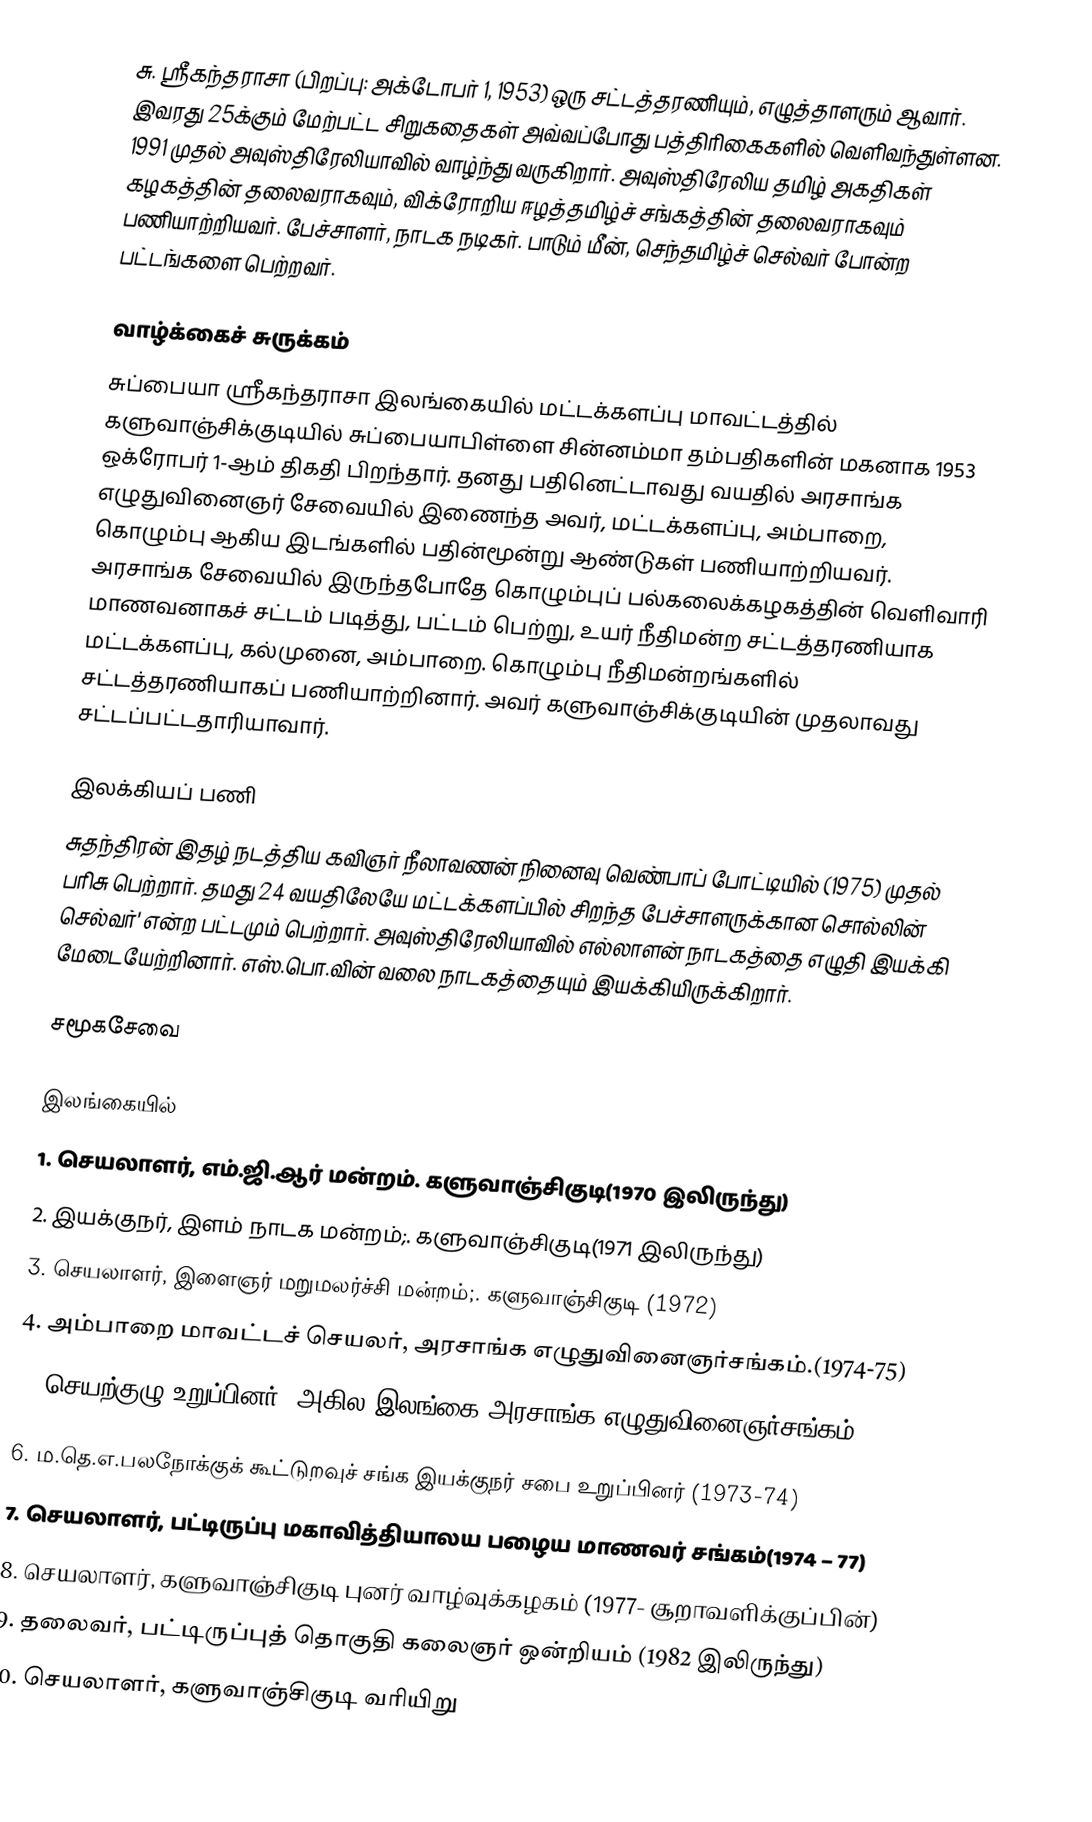
சு. ஸ்ரீகந்தராசா (பிறப்பு: அக்டோபர் 1, 1953) ஒரு சட்டத்தரணியும், எழுத்தாளரும் ஆவார். இவரது  25க்கும் மேற்பட்ட சிறுகதைகள் அவ்வப்போது பத்திரிகைகளில் வெளிவந்துள்ளன. 1991 முதல் அவுஸ்திரேலியாவில் வாழ்ந்து வருகிறார். அவுஸ்திரேலிய தமிழ் அகதிகள் கழகத்தின் தலைவராகவும், விக்ரோறிய ஈழத்தமிழ்ச் சங்கத்தின் தலைவராகவும் பணியாற்றியவர். பேச்சாளர், நாடக நடிகர். பாடும் மீன், செந்தமிழ்ச் செல்வர் போன்ற பட்டங்களை பெற்றவர்.

வாழ்க்கைச் சுருக்கம்
சுப்பையா ஸ்ரீகந்தராசா இலங்கையில் மட்டக்களப்பு மாவட்டத்தில் களுவாஞ்சிக்குடியில் சுப்பையாபிள்ளை சின்னம்மா தம்பதிகளின் மகனாக 1953 ஒக்ரோபர் 1-ஆம் திகதி பிறந்தார். தனது பதினெட்டாவது வயதில் அரசாங்க எழுதுவினைஞர் சேவையில் இணைந்த அவர், மட்டக்களப்பு, அம்பாறை, கொழும்பு ஆகிய இடங்களில் பதின்மூன்று ஆண்டுகள் பணியாற்றியவர். அரசாங்க சேவையில் இருந்தபோதே கொழும்புப் பல்கலைக்கழகத்தின் வெளிவாரி மாணவனாகச் சட்டம் படித்து, பட்டம் பெற்று, உயர் நீதிமன்ற சட்டத்தரணியாக மட்டக்களப்பு, கல்முனை, அம்பாறை. கொழும்பு நீதிமன்றங்களில் சட்டத்தரணியாகப் பணியாற்றினார். அவர் களுவாஞ்சிக்குடியின் முதலாவது சட்டப்பட்டதாரியாவார்.

இலக்கியப் பணி
சுதந்திரன் இதழ் நடத்திய கவிஞர் நீலாவணன் நினைவு வெண்பாப் போட்டியில் (1975) முதல் பரிசு பெற்றார். தமது 24 வயதிலேயே மட்டக்களப்பில் சிறந்த பேச்சாளருக்கான சொல்லின் செல்வர்' என்ற பட்டமும் பெற்றார். அவுஸ்திரேலியாவில் எல்லாளன் நாடகத்தை எழுதி இயக்கி மேடையேற்றினார். எஸ்.பொ.வின் வலை நாடகத்தையும் இயக்கியிருக்கிறார்.

சமூகசேவை

இலங்கையில்
1. செயலாளர், எம்.ஜி.ஆர் மன்றம். களுவாஞ்சிகுடி(1970 இலிருந்து)
2. இயக்குநர், இளம் நாடக மன்றம்;. களுவாஞ்சிகுடி(1971 இலிருந்து)
3. செயலாளர், இளைஞர் மறுமலர்ச்சி மன்றம்;. களுவாஞ்சிகுடி (1972)
4. அம்பாறை மாவட்டச் செயலர், அரசாங்க எழுதுவினைஞர்சங்கம்.(1974-75)
5. செயற்குழு உறுப்பினர், அகில இலங்கை அரசாங்க எழுதுவினைஞர்சங்கம். (1974-75)
6. ம.தெ.எ.பலநோக்குக் கூட்டுறவுச் சங்க இயக்குநர் சபை உறுப்பினர் (1973-74)
7. செயலாளர், பட்டிருப்பு மகாவித்தியாலய பழைய மாணவர் சங்கம்(1974 – 77)
8. செயலாளர், களுவாஞ்சிகுடி புனர் வாழ்வுக்கழகம் (1977- சூறாவளிக்குப்பின்)
9. தலைவர், பட்டிருப்புத் தொகுதி கலைஞர் ஒன்றியம் (1982 இலிருந்து)
10. செயலாளர், களுவாஞ்சிகுடி வரியிறு